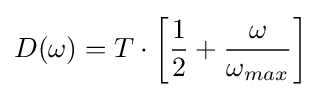
D(\omega )=T\cdot \left[{\frac {1}{2}}+{\frac {\omega }{\omega _{max}}}\right]